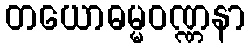
တယောဓမ္မဝဏ္ဏနာ